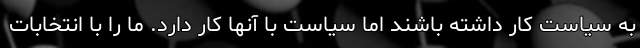
به سیاست کار داشته باشند اما سیاست با آنها کار دارد. ما را با انتخابات